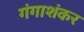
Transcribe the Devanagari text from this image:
गंगाशंकर